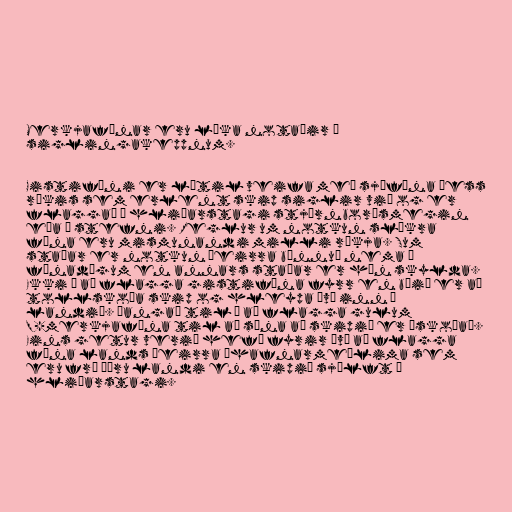
Merkjafánar eru líka notaðir í
siglingakeppnum.

Gistifáni er lítil veifa með sjófána þess
ríkis sem erlent skip siglir við og er
flaggað á hliðarstagi stjórnborðsmegin
eða á stefni. Reglur um notkun slíkra
fána eru mismunandi milli ríkja. Sum
staðar er notkun þeirra bönnuð nema á
fánadögum en annars staðar er hún skylda.
Ekki á að flagga gistifána fyrr en búið er að
tollskoða skip og hleypa því inn í
landið. Þangað til á að flagga gulum
Q-merkjafána til að sýna að skipið er óskoðað.
Eins getur verið hefð fyrir því að flagga
fána lands þeirra áhafnarmeðlima sem
eru frá öðru landi en skipið sjálft á
hliðarstagi.